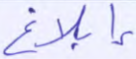
إبلاغ